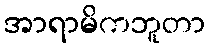
အာရာမိကဘူတာ